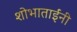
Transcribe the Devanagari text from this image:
शोभाताईंनी